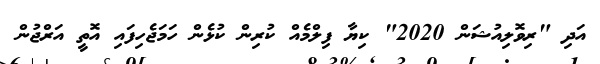
އަދި "ރިވޮލިއުޝަން 2020" ކިޔާ ފިލްމެއް ކުރިން ކުޅެން ހަމަޖެހިފައި އޮތީ އަރްޖުން